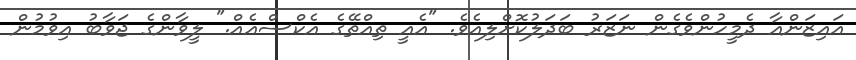
އައިޒަންއާ ދެމީހުންވެގެން ނަޒަރު ބަދަލުކޮށްލިއެވެ. "އެއީ ތިއްތޭގެ އެކްސްއެއް." ލީވާންގެ ޖަވާބު އިވުމުން